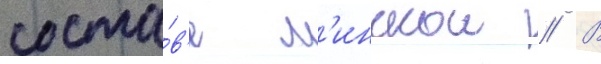
соста́в'е м'инскои // В